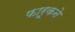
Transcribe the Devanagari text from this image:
फारूकने